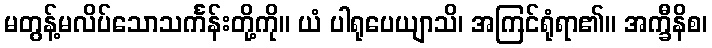
မတွန့်မလိပ်သောသင်္ကန်းတို့ကို။ ယံ ပါရုပေယျာသိ၊ အကြင်ရုံရာ၏။ အက္ခီနိစ၊